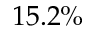
1 5 . 2 \%